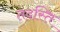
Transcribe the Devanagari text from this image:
तदस्ति